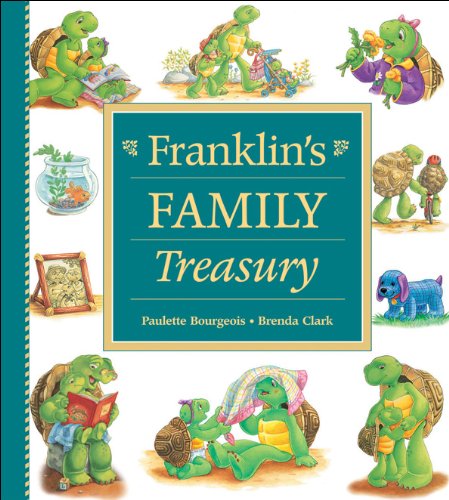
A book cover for Franklin's Family Treasury; Paulette Bourgeois; Children's Books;